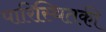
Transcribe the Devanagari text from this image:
पारिस्थितकी